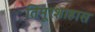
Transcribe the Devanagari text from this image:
तिमूरशाहास